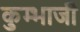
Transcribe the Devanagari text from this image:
कुम्भाजी